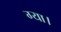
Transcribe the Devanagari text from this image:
ग्या।